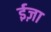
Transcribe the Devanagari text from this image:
ईज़ा